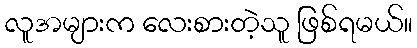
လူအများက လေးစားတဲ့သူ ဖြစ်ရမယ်။